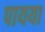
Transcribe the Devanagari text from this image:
पायया